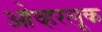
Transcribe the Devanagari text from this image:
ओव्हरलूक